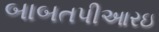
બાબતપીઆરઇ